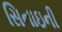
સિનાઇની